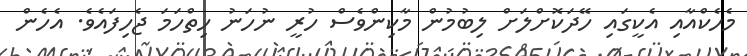
މެހެކްއާއި އެކީގައި ހޭދަކޮށްލަށް ލިބުމުން މާކިންވެސް ހުރީ ނުހަނު ހިތްހަމަ ޖެހިފައެވެ. އެހެން